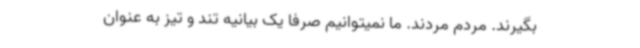
بگیرند. مردم مردند. ما نمیتوانیم صرفا یک بیانیه تند و تیز به عنوان